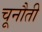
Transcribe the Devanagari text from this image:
चूनौती